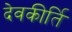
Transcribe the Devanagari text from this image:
देवकीर्ति